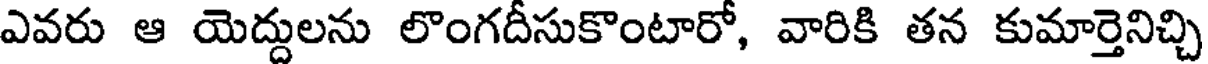
ఎవరు ఆ యెద్దులను లొంగదీసుకొంటారో, వారికి తన కుమార్తెనిచ్చి